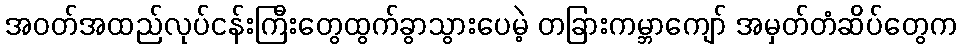
အဝတ်အထည်လုပ်ငန်းကြီးတွေထွက်ခွာသွားပေမဲ့ တခြားကမ္ဘာကျော် အမှတ်တံဆိပ်တွေက